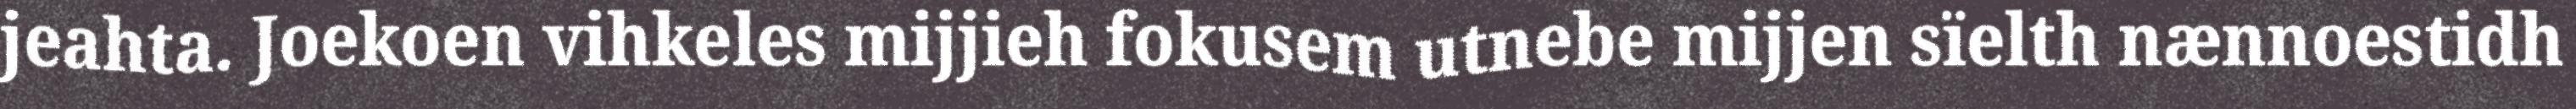
jeahta. Joekoen vihkeles mijjieh fokusem utnebe mijjen sïelth nænnoestidh